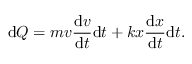
\mathrm { d } Q = m v \frac { \mathrm { d } v } { \mathrm { d } t } \mathrm { d } t + k x \frac { \mathrm { d } x } { \mathrm { d } t } \mathrm { d } t .